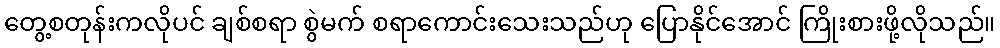
တွေ့စတုန်းကလိုပင် ချစ်စရာ စွဲမက် စရာကောင်းသေးသည်ဟု ပြောနိုင်အောင် ကြိုးစားဖို့လိုသည်။